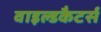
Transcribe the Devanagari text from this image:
वाइल्डकैटर्स